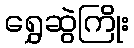
ရွှေဆွဲကြိုး